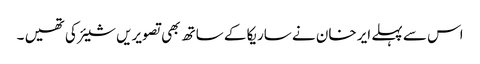
اس سے پہلے ایر خان نے ساریکا کے ساتھ بھی تصویریں شیئر کی تھیں ۔